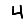
Digit: 4